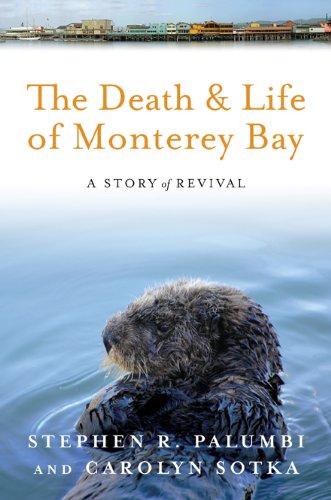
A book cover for The Death and Life of Monterey Bay: A Story of Revival; Dr. Stephen R Palumbi PhD; Science & Math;